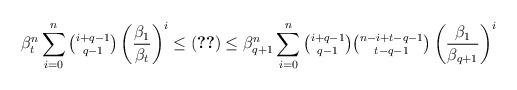
LaTeX: \begin{align*}\beta_t^{n} \sum_{i=0}^n \tbinom{i+q-1}{q-1} \left(\frac{\beta_1}{\beta_{t}}\right)^{i} \le \eqref{eq:asympt} \le \beta_{q+1}^{n} \sum_{i=0}^n \tbinom{i+q-1}{q-1}\tbinom{n-i+t-q-1}{t-q-1} \left(\frac{\beta_1}{\beta_{q+1}}\right)^{i}\end{align*}